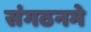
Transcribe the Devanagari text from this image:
संगठनमे